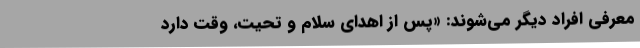
معرفی‌ افراد دیگر می‌شوند: «پس‌ از اهدای‌ سلام‌ و تحیت‌، وقت‌ دارد